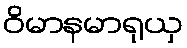
ဝိမာနမာရုယှ